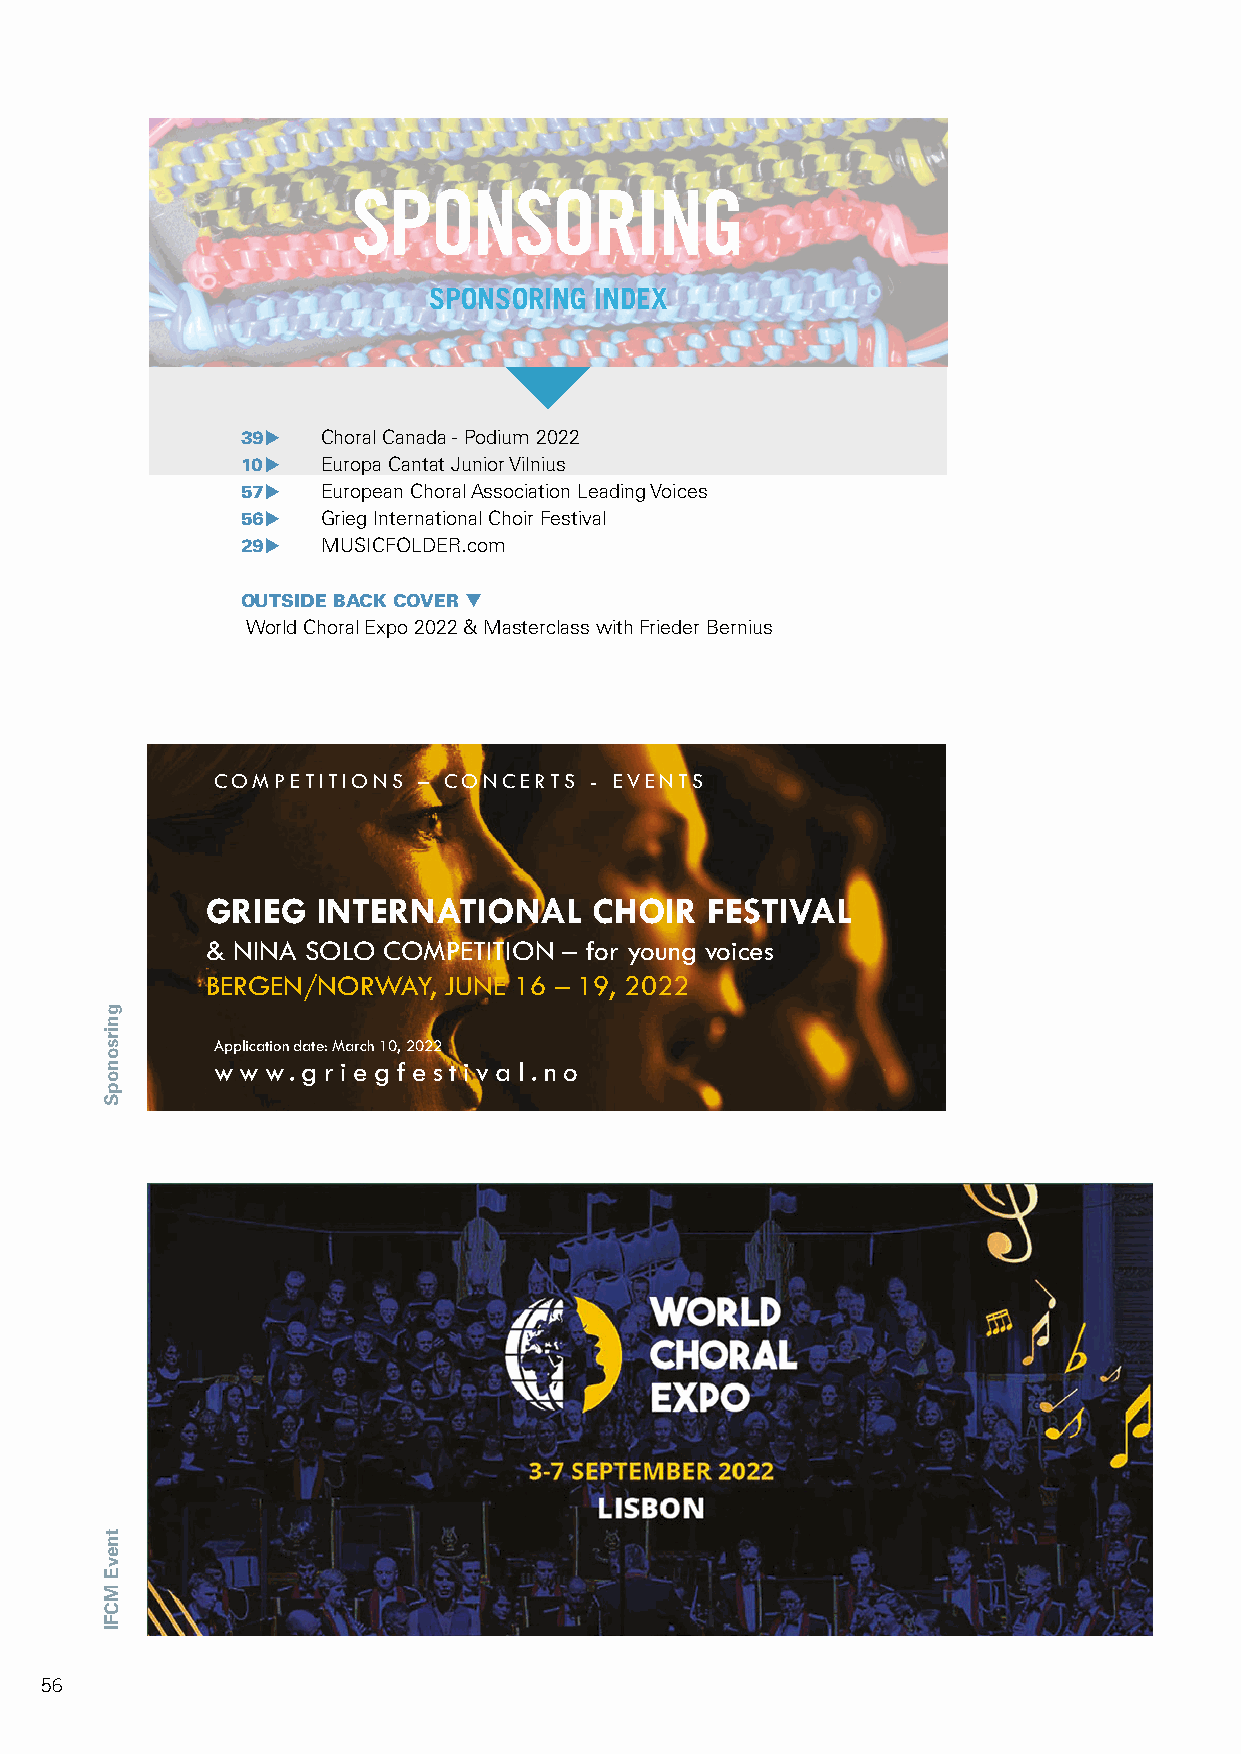
european        days    for   vocal     and   choral      leaders
 27-31   July  2022,   Utrecht     (NL)
 SPONSORING
 SPONSORING INDEX
 39 u Choral Canada - Podium 2022
 10 u Europa Cantat Junior Vilnius
 Meet   a selection of our session  leaders
 57 u European Choral Association Leading Voices
 EXPLORE     THE   FUTURE     OF
 56 u Grieg International Choir Festival
 29 u MUSICFOLDER.com                                                                          COLLECTIVE       SINGING
 OUTSIDE BACK COVER 
 World Choral Expo 2022 & Masterclass with Frieder Bernius
 Onur Türkmen                                               Kathrin Renggli
 Registration
 Turkey                                                    Switzerland
 starts    January      10
 COMPETITIONS  – CONCERTS - EVENTS
 Leading Voices presents
 GRIEG  INTERNATIONAL     CHOIR   FESTIVAL                                                              70+ sessions
 & NINA SOLO COMPETITION – for young voices                                Majella Hollywood      with session leaders from            Amy Bebbington
 Ireland                                                   United Kingdom
 BERGEN/NORWAY, JUNE 16 – 19, 2022                                                                     all over Europe.
 Application date: March 10, 2022
 www.  g r i e g f e s ti va l . no
 Check the website  for more  info
 www.leadingvoices.nl
 Árpád Tóth                                                  Sinta Willur
 Hungary                                                  The Netherlands
 Jan Schumacher     Josep Vila i Casañas Jim Daus Hjernøe     Grete Pedersen
 Germany             Spain               Denmark             Norway
 56                                                                                       AN  EVENT    BY  THE  EUROPEAN      CHORAL    ASSOCIATION
 gnirsonopS
 tnevE
 MCFI